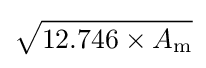
{\sqrt {12.746\times A_{\textrm {m}}}}